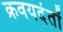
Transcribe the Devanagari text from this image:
क्रवयदंतों